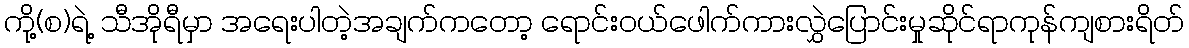
ကို့(စ)ရဲ့ သီအိုရီမှာ အရေးပါတဲ့အချက်ကတော့ ရောင်းဝယ်ဖေါက်ကားလွှဲပြောင်းမှုဆိုင်ရာကုန်ကျစားရိတ်